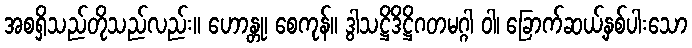
အစရှိသည်တိုသည်လည်း။ ဟောန္တု၊ စေကုန်။ ဒွါသဋ္ဌိဒိဋ္ဌိဂတမဂ္ဂါ ဝါ၊ ခြောက်ဆယ့်နှစ်ပါးသော